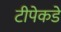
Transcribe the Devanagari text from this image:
टीपेकडे